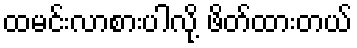
ထမင်းလာစားပါလို့ ဖိတ်ထားတယ်